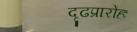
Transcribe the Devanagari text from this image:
दृढप्रारोहः